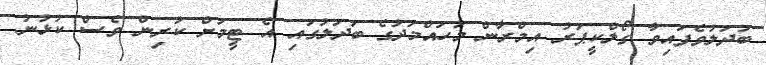
ބަދަލުވެފައިވާ ގޯލްކީޕަރު އިމްރާން މުހައްމަދުގެ ބަދަލުގައި އެ ޓީމަށް ކުރިން ވެސް ކުޅުނު